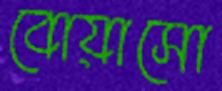
বোয়াসো